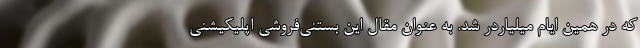
که در همین ایام میلیاردر شد. به عنوان مقال این بستنی‌فروشی اپلیکیشنی